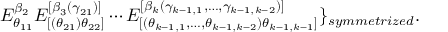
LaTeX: E _ { \theta _ { 1 1 } } ^ { \beta _ { 2 } } E _ { [ ( \theta _ { 2 1 } ) \theta _ { 2 2 } ] } ^ { [ \beta _ { 3 } ( \gamma _ { 2 1 } ) ] } \cdots E _ { [ ( \theta _ { k - 1 , 1 } , \ldots , \theta _ { k - 1 , k - 2 } ) \theta _ { k - 1 , k - 1 } ] } ^ { [ \beta _ { k } ( \gamma _ { k - 1 , 1 } , \ldots , \gamma _ { k - 1 , k - 2 } ) ] } \} _ { s y m m e t r i z e d } .